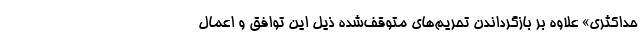
حداکثری» علاوه بر بازگرداندن تحریم‌های متوقف‌شده ذیل این توافق و اعمال